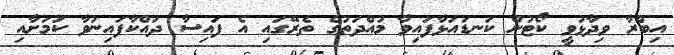
އިބްރާ ވިދާޅުވީ ކޯޓުން ކަނޑައަޅާފައިވާ މުއްދަތުގެ ތެރޭގައި އެ ފައިސާ ދައްކާފައިނުވާ ކަމަށާއި